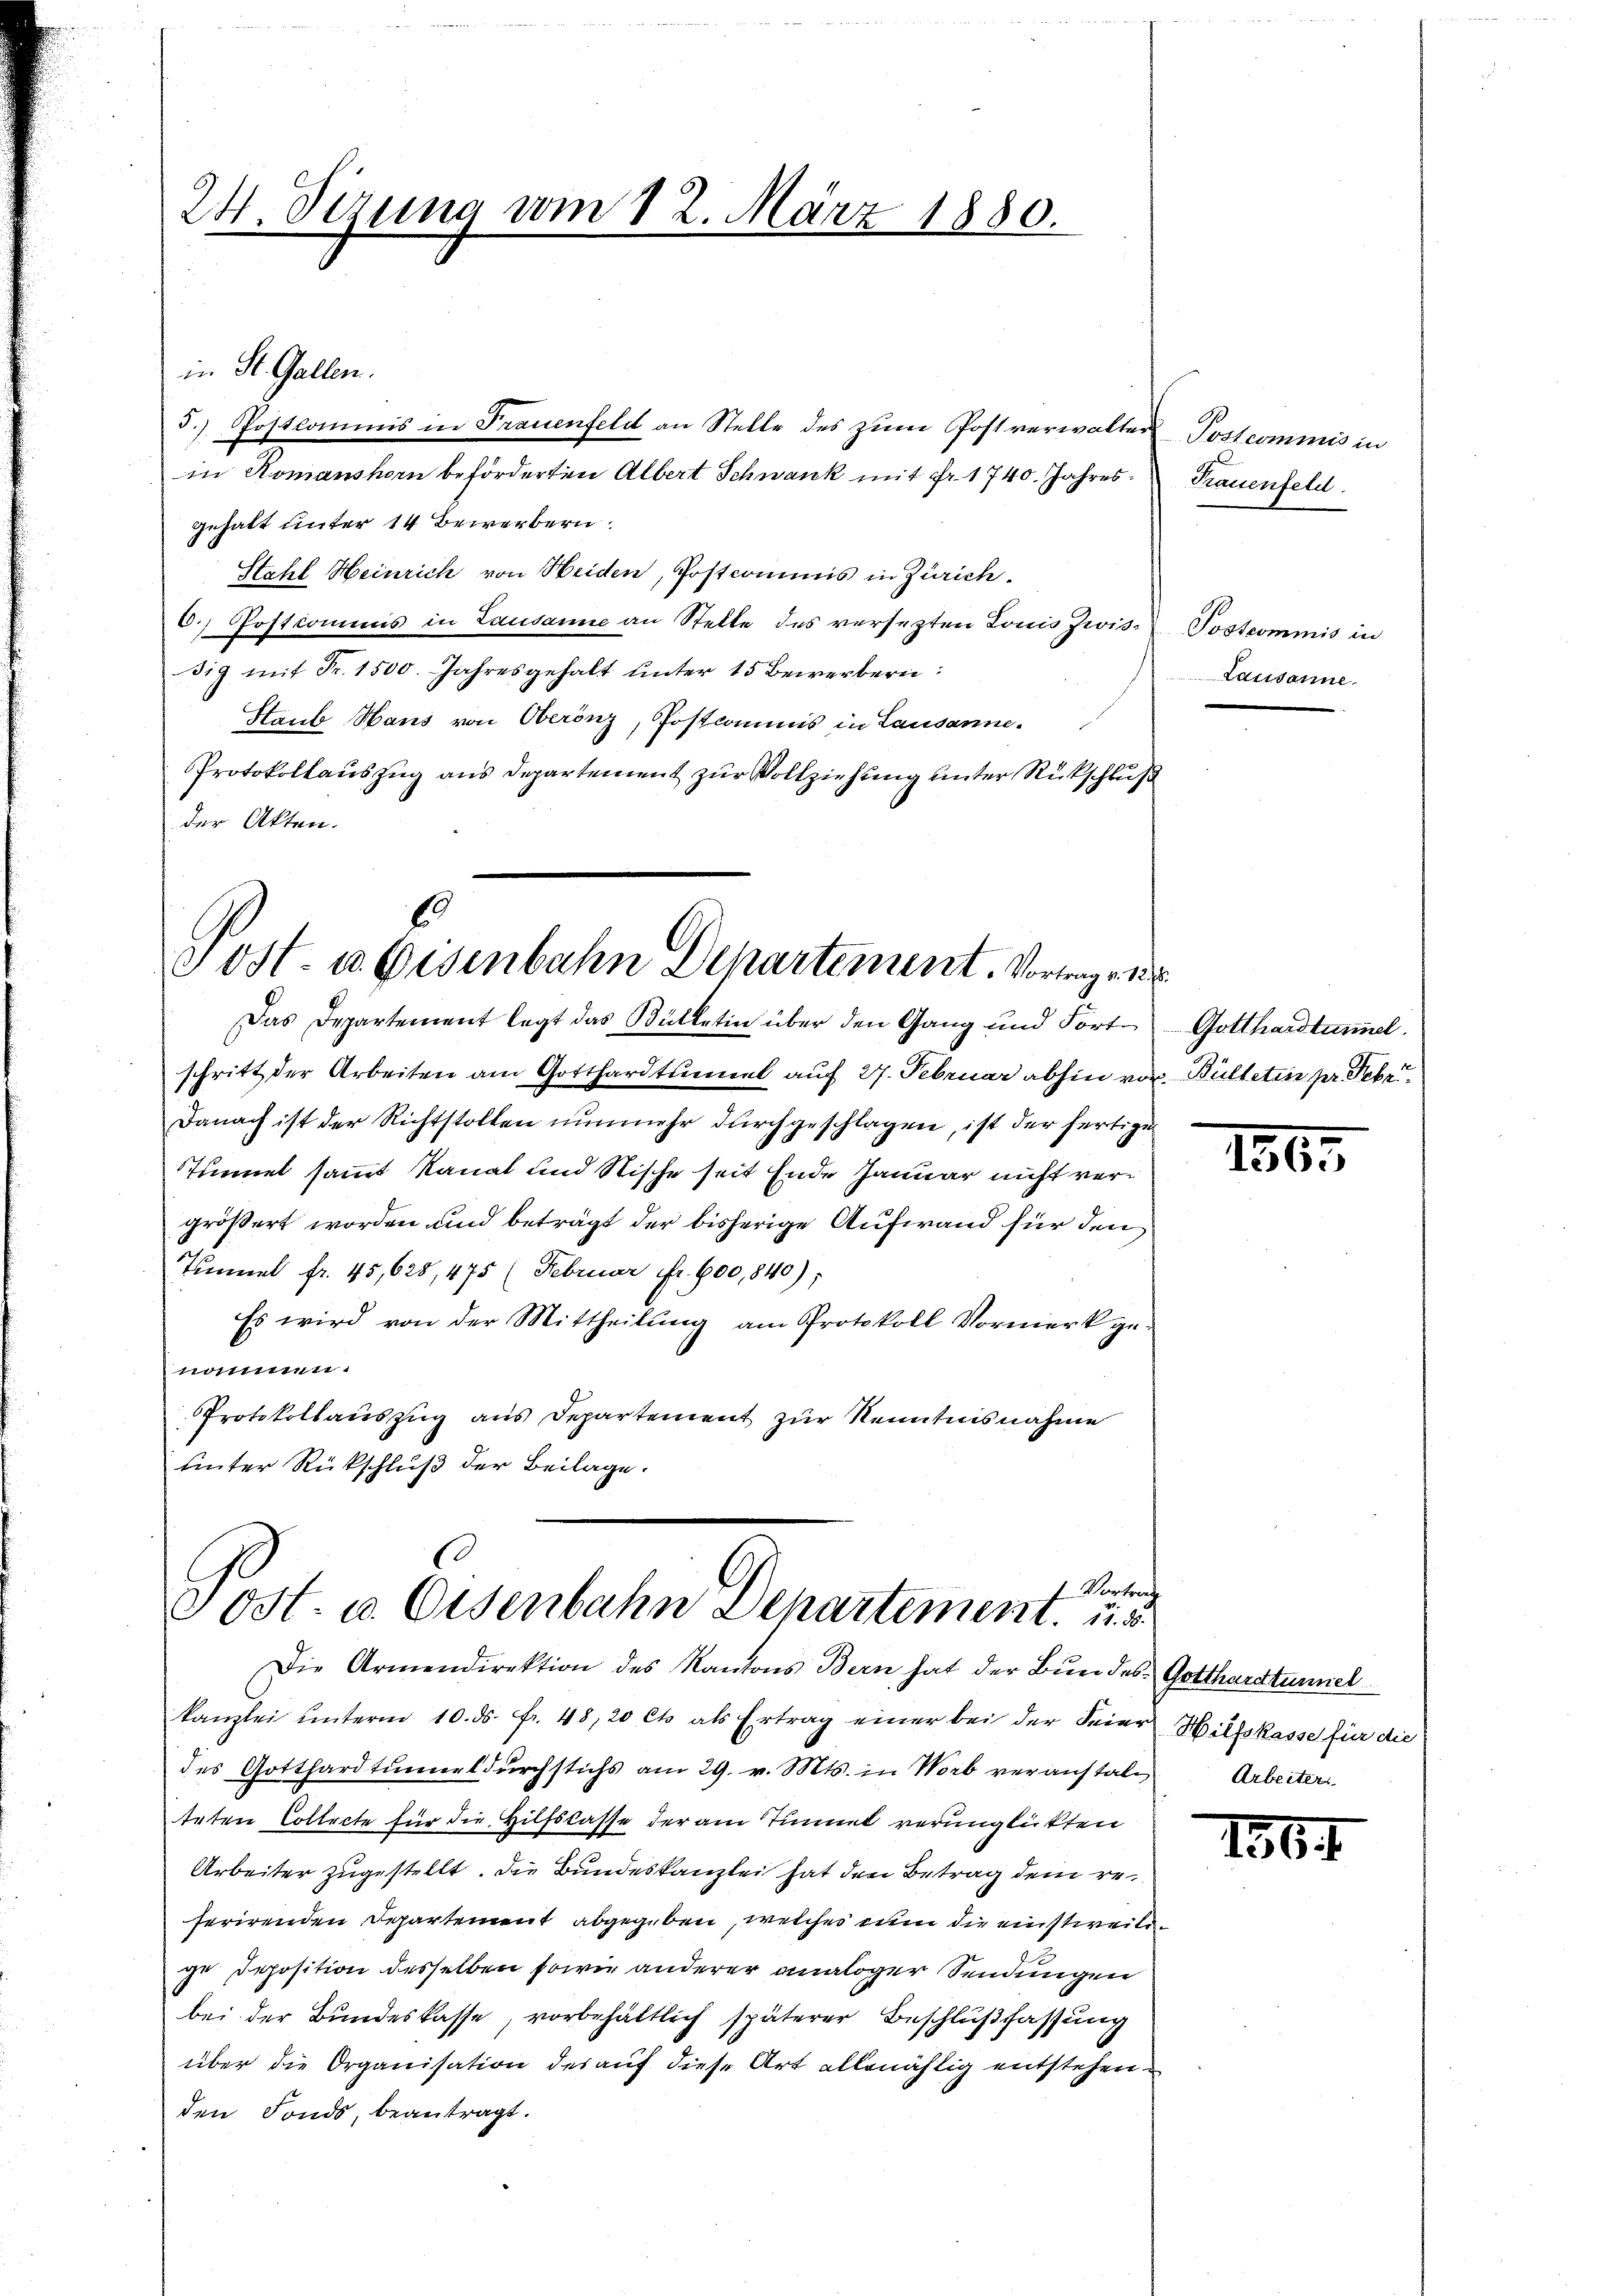
24. Sizung vom 12. März 1880.

5.) Postcommis in Frauenfeld an Stelle des zŭm Postverwalter Postcommis in
in Romanshorn beförderten Albert Schwank mit Fr. 1740. Jahres
gehalt unter 14 Bewerbern
Stahl Heinrich von Heiden, Postcommis in Zürich.
C. Postcommis in Lausanne an Stelle des versezten Louis Zwis. Postcommis in
dig mit Fr. 1500. Jahresgehalt unter 15 Bewerbern:
Htaub Haus von Oberönz, Postkommis in Lausanne.
Protokollauszug aus Departement zur Vollziehung unter Rückschluß
der Akten.

in St. Gallen.

6
 ost- u Gisenbahn Departement. Vortrage
Das Departement legt das Bülletin über den Gang und Fort- Gotthardtunnel

schritt der Arbeiten am Gotthardtunnel auf 27. Februar abhin vor Bulteten pr. Febr.
Danach ist der Richtstollen nunmehr durchgeschlagen, ist der fertige
Tinet sammt kanat und Nische seit Ende Januar nicht vergrößert worden und beträgt der bisherige Aufwand für den
Temmel fr. 45,628, 475 (Februar Fr. 600,840):
Es wird von der Mittheilung am Protokoll Vormerk ge-
nommen.
Protokollauszug aus Departement zur Kenntnisnahme
hinter Rückschluß der Beilage.

7 Vortrag
Ost- u. Osenbahn Departement. 15
Die Armendirektion des Kantons Bern hat der Bundes Gotthardtunnel

kanzlei ŭnterm 10. ds. fr. 48, 20 Cts. als Ertrag einer bei der Feier Hilfskasse für die
des Gotthardtŭnmeldŭrchstichs am 29. v. Mts. in Worb veranstal- Arbeiter
teten Collecte für die Hilfslasse der am Tunnel verunglückten
Arbeiter zugestellt. Die Bundeskanzlei hat den Betrag dem referirenden Departement abgegeben, welches nun die einstweile
ge Deposition desselben sowie anderer analoger Sendungen
bei der Bundeskasse, vorbehältlich späterer Beschlußfassung
über die Organisation des auf diese Art allenählig entstehenden Fonds, beantragt.

Trauenfeld.

Lausanne.

1865

1564